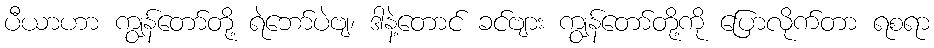
ပီယာဟာ ကျွန်တော်တို့ ရဲဘော်ပဲဗျ၊ ဒါနဲ့တောင် ခင်ဗျား ကျွန်တော်တို့ကို ပြောလိုက်တာ ရစရာ